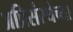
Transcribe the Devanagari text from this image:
अप्रिसंस्थेच्या